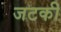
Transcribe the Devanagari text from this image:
जटकी